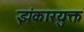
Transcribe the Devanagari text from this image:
झंकारयुक्त